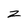
Character: z